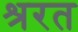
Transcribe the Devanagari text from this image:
श्ररत